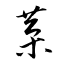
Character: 葈